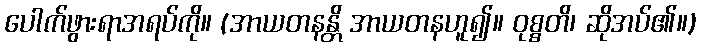
ပေါက်ဖွားရာအရပ်ကို။ (အာယတနန္တိ အာယတနဟူ၍။ ဝုစ္စတိ၊ ဆိုအပ်၏။)